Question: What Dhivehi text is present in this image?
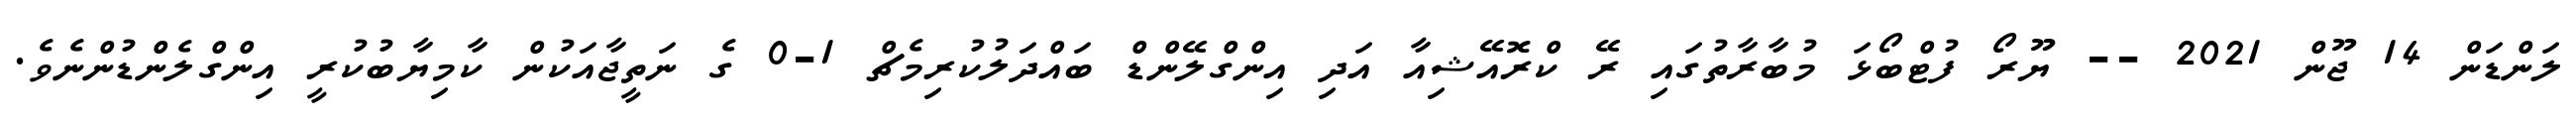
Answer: ލަންޑަން 14 ޖޫން 2021 -- ޔޫރޯ ފުޓްބޯޅަ މުބާރާތުގައި ރޭ ކްރޮއޭޝިއާ އަދި އިންގްލޭންޑް ބައްދަލުކުރިމެޗް 1-0 ގެ ނަތީޖާއަކުން ކާމިޔާބުކުރީ އިންގްލެންޑުންނެވެ.